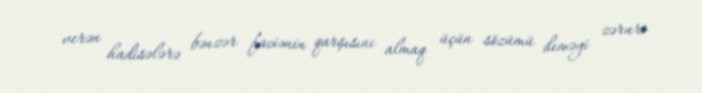
verən hadisələrə bənzər faciənin qarşısını almaq üçün sözümü deməyi zəruri